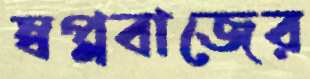
স্বপ্নবাজের